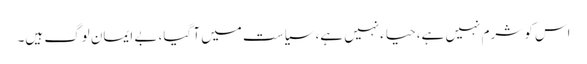
اس کو شرم نہیں ہے، حیاءنہیں ہے، سیاست میں آ گیا، بے ایمان لوگ ہیں۔